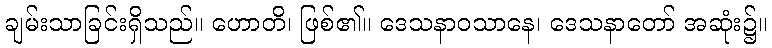
ချမ်းသာခြင်းရှိသည်။ ဟောတိ၊ ဖြစ်၏။ ဒေသနာဝသာနေ၊ ဒေသနာတော် အဆုံး၌။